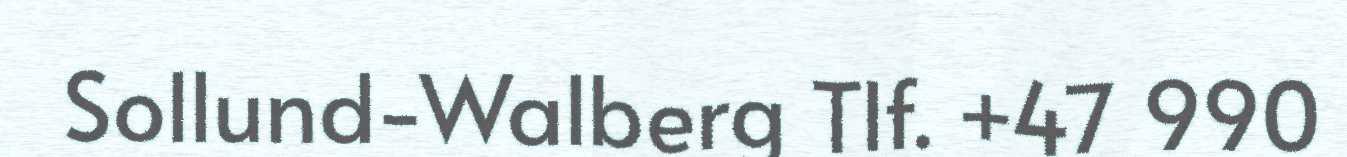
Sollund-Walberg Tlf. +47 990